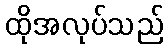
ထိုအလုပ်သည်